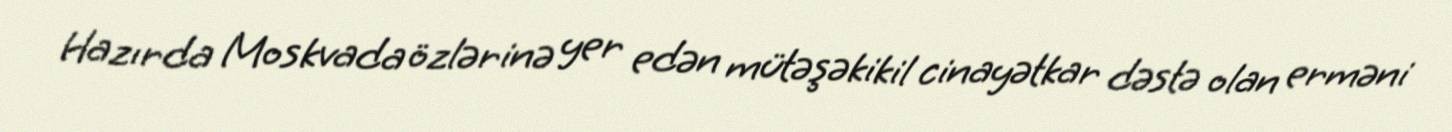
Hazırda Moskvada özlərinə yer edən mütəşəkikil cinayətkar dəstə olan erməni